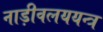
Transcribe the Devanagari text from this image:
नाड़ीवलययन्त्र